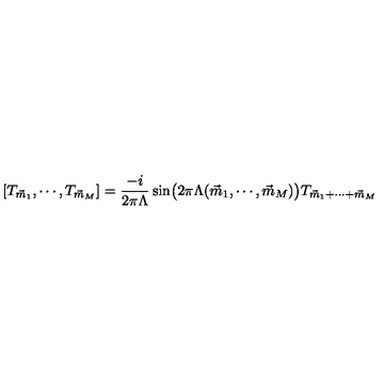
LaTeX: [ T _ { \vec { m } _ { 1 } } , \cdots , T _ { \vec { m } _ { M } } ] = \frac { - i } { 2 \pi \Lambda } \sin \bigl ( 2 \pi \Lambda ( \vec { m } _ { 1 } , \cdots , \vec { m } _ { M } ) \big ) T _ { \vec { m } _ { 1 } + \cdots + \vec { m } _ { M } }